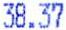
38.37